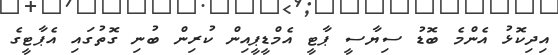
އިދިކޮޅު އެންމެ ބޮޑު ސިޔާސީ ޕާޓީ އެމްޑީޕީއިން ކުރިން ބުނި ގޮތުގައި އެޕާޓީގެ